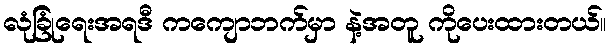
လုံခြုံရေးအရဒီ ကကျောဘက်မှာ နဲ့အတူ ကိုပေးထားတယ်။